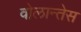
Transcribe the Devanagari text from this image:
वोलान्तेस